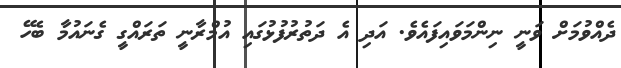
ދެއްވުމަށް ވަނީ ނިންމަވައިފައެވެ. އަދި އެ ދަތުރުފުޅުގައި އުމްރާނީ ތަރައްގީ ގެނައުމާ ބެހޭ